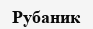
Рубаник